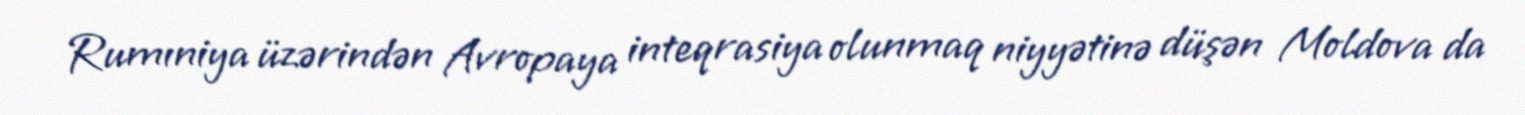
Rumıniya üzərindən Avropaya inteqrasiya olunmaq niyyətinə düşən Moldova da